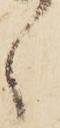
ゝ